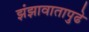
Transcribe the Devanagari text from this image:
झंझावातापुढे